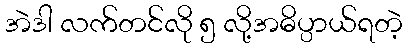
အဲဒါ လက်တင်လို ၅ လို့အဓိပ္ပာယ်ရတဲ့